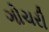
ગોચરી